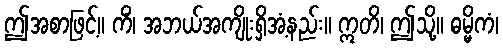
ဤအစာဖြင့်။ ကိံ၊ အဘယ်အကျိုးရှိအံ့နည်း။ ဣတိ၊ ဤသို့။ ဓမ္မိကံ၊